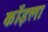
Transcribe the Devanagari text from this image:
काँइला